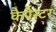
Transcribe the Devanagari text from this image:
कैपैस्टर